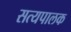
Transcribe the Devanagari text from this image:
सत्यपालक